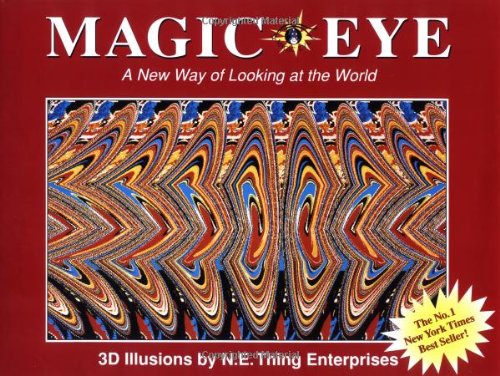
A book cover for Magic Eye: A New Way of Looking at the World; Arts & Photography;